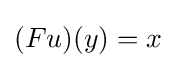
(Fu)(y)=x